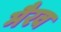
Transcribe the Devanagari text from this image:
मैरव